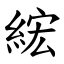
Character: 綋